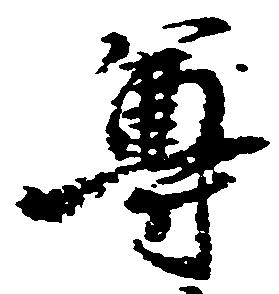
尊